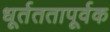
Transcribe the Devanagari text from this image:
धूर्तततापूर्वक